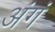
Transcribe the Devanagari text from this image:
अंगं